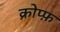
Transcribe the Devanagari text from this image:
क्रोप्फ़